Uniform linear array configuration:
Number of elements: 8
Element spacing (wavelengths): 0.5
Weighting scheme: hamming
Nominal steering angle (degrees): -15
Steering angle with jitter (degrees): -15.181
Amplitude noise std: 0.05
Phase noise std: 0.05

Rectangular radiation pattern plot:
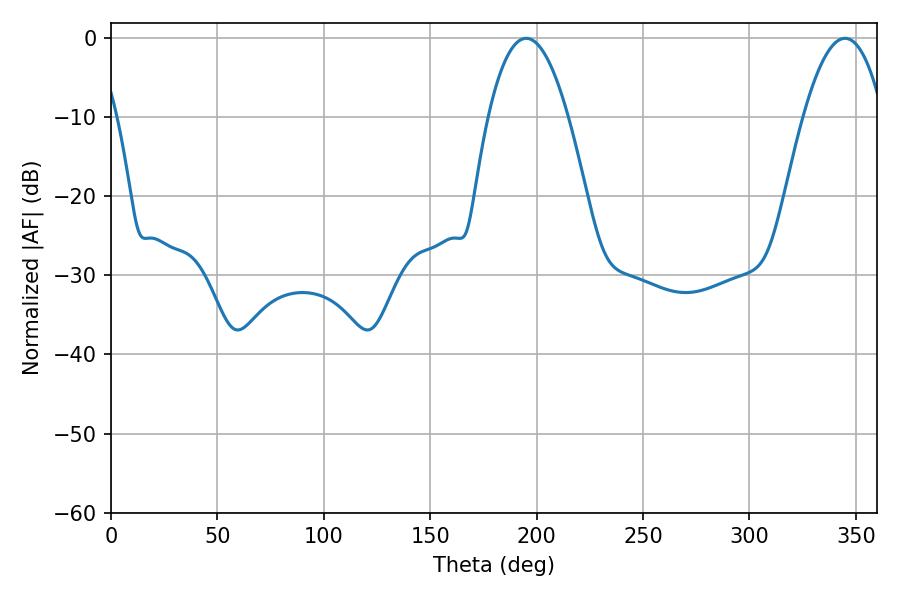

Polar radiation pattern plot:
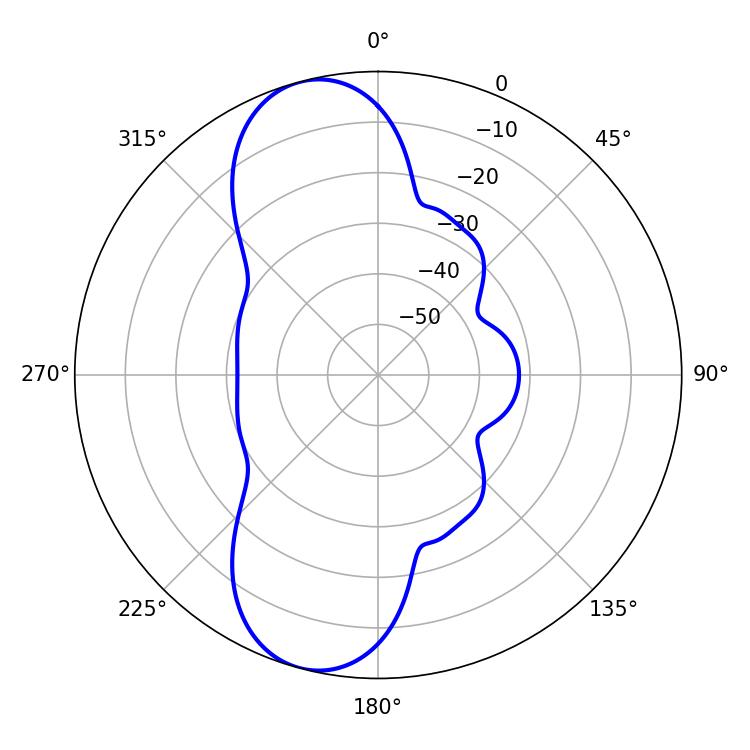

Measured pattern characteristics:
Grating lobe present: FALSE
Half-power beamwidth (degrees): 20.7
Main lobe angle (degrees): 195.12